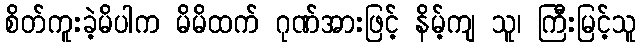
စိတ်ကူးခဲ့မိပါက မိမိထက် ဂုဏ်အားဖြင့် နိမ့်ကျ သူ၊ ကြီးမြင့်သူ